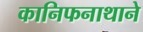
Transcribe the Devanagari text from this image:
कानिफनाथाने